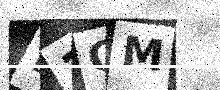
Text: B3QM